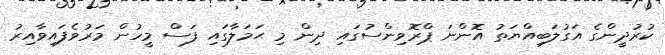
ކުރުދީންގެ އަގުލަބިއްޔަތު އޮންނަ ޕްރޮވިންސުގައި ދިން މި ޙަމަލާގައި ފަސް މީހުން މަރުވެފައިވާއިރު